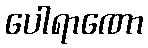
ပေါရာဏော